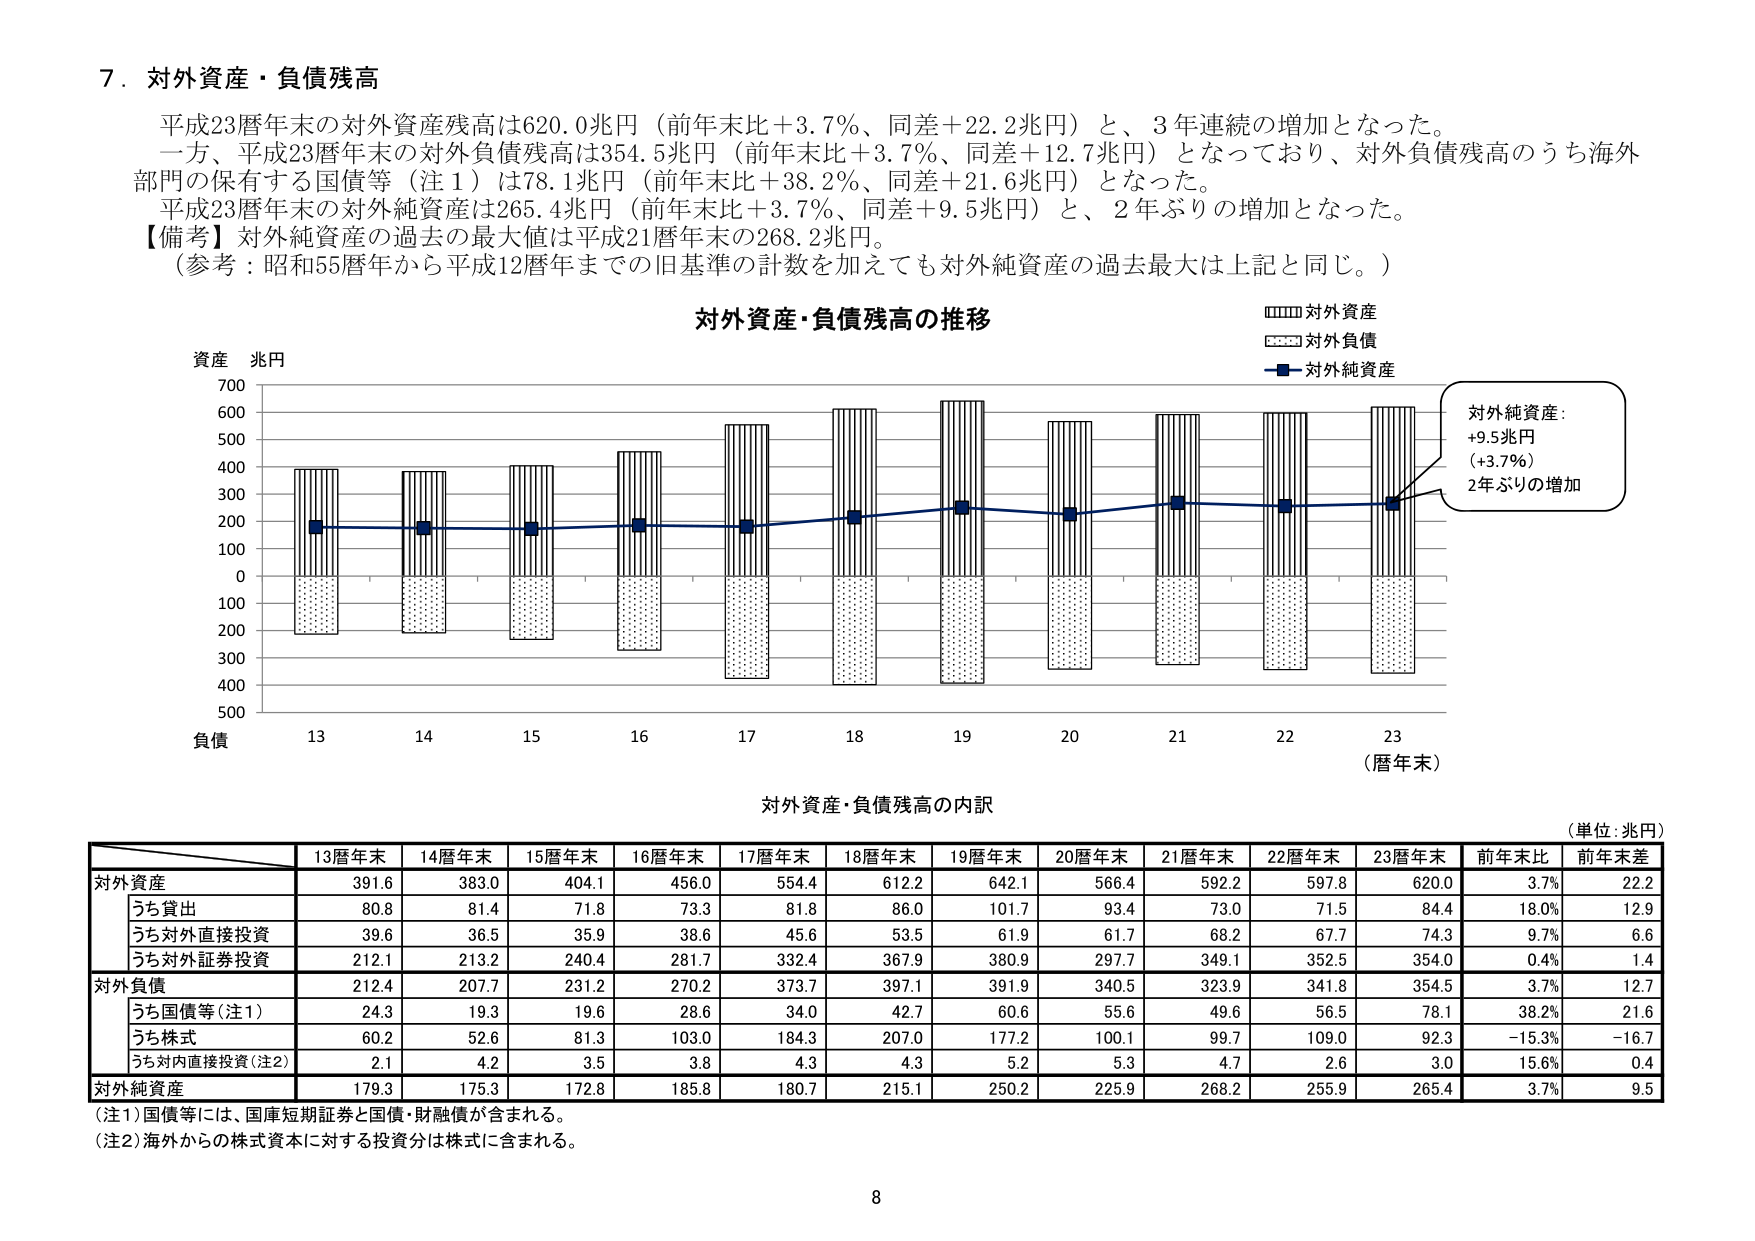
7．対外資産・負債残高

平成23暦年末の対外資産残高は620.0兆円（前年末比＋3.7％、同差＋22.2兆円）と、3年連続の増加となった。
一方、平成23暦年末の対外負債残高は354.5兆円（前年末比＋3.7％、同差＋12.7兆円）となっており、対外負債残高のうち海外部門の保有する国債等（注1）は78.1兆円（前年末比＋38.2％、同差＋21.6兆円）となった。
平成23暦年末の対外純資産は265.4兆円（前年末比＋3.7％、同差＋9.5兆円）と、2年ぶりの増加となった。
【備考】対外純資産の過去の最大値は平成21暦年末の268.2兆円。
（参考：昭和55暦年から平成12暦年までの旧基準の計数を加えても対外純資産の過去最大は上記と同じ。）

対外資産・負債残高の推移

□□□□対外資産
□□□□対外負債
■――対外純資産

資産 兆円
700
600
500
400
300
200
100
0
100
200
300
400
500
負債
13 14 15 16 17 18 19 20 21 22 23
（暦年末）

対外純資産：
＋9.5兆円
（＋3.7％）
2年ぶりの増加

対外資産・負債残高の内訳
（単位：兆円）

13暦年末 14暦年末 15暦年末 16暦年末 17暦年末 18暦年末 19暦年末 20暦年末 21暦年末 22暦年末 23暦年末 前年末比 前年末差
対外資産 391.6 383.0 404.1 456.0 554.4 612.2 642.1 566.4 592.2 597.8 620.0 3.7% 22.2
　うち貸出 80.8 81.4 71.8 73.3 81.8 86.0 101.7 93.4 73.0 71.5 84.4 18.0% 12.9
　うち対外直接投資 39.6 36.5 35.9 38.6 45.6 53.5 61.9 61.7 68.2 67.7 74.3 9.7% 6.6
　うち対外証券投資 212.1 213.2 240.4 281.7 332.4 367.9 380.9 297.7 349.1 352.5 354.0 0.4% 1.4
対外負債 212.4 207.7 231.2 270.2 373.7 397.1 391.9 340.5 323.9 341.8 354.5 3.7% 12.7
　うち国債等（注1） 24.3 19.3 19.6 28.6 34.0 42.7 60.6 55.6 49.6 56.5 78.1 38.2% 21.6
　うち株式 60.2 52.6 81.3 103.0 184.3 207.0 177.2 100.1 99.7 109.0 92.3 -15.3% -16.7
　うち対内直接投資（注2） 2.1 4.2 3.5 3.8 4.3 4.3 5.2 5.3 4.7 2.6 3.0 15.6% 0.4
対外純資産 179.3 175.3 172.8 185.8 180.7 215.1 250.2 225.9 268.2 255.9 265.4 3.7% 9.5

（注1）国債等には、国庫短期証券と国債・財融債が含まれる。
（注2）海外からの株式資本に対する投資分は株式に含まれる。

8